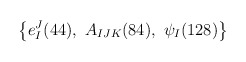
\begin{align*}\left\{e_I^J(44),\ A_{IJK}(84),\ \psi_I (128)\right\} \end{align*}